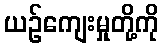
ယဉ်ကျေးမှုတို့ကို